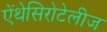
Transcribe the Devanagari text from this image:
ऐंथेसिरोटेलीज